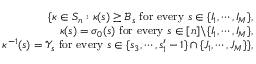
\begin{array} { r l r } & { } & { \{ \kappa \in S _ { n } : \kappa ( s ) \geq \mathscr { B } _ { s } \mathrm { ~ f o r ~ e v e r y ~ } s \in \{ I _ { 1 } , \cdots , I _ { M } \} , } \\ & { } & { \quad \kappa ( s ) = \sigma _ { 0 } ( s ) \mathrm { ~ f o r ~ e v e r y ~ } s \in [ n ] \backslash \{ I _ { 1 } , \cdots , I _ { M } \} , } \\ & { } & { \quad \kappa ^ { - 1 } ( s ) = \mathscr { Y } _ { s } \mathrm { ~ f o r ~ e v e r y ~ } s \in \{ s _ { 3 } , \cdots , s _ { 1 } ^ { \prime } - 1 \} \cap \{ J _ { 1 } , \cdots , J _ { M } \} \} , } \end{array}